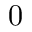
0